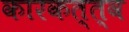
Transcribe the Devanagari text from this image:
कारकत्त्व